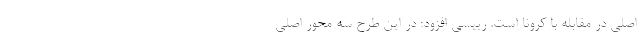
اصلی در مقابله با کرونا است. رییسی افزود: در این طرح سه محور اصلی